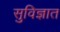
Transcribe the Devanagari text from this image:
सुविज्ञात